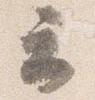
云